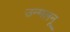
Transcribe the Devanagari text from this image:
उन्मलनू